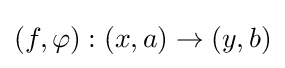
(f,\varphi ):(x,a)\to (y,b)